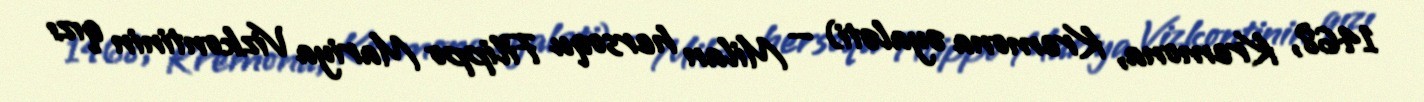
1468, Kremona, Kremona əyaləti) — Milan hersoqu Filippo Mariya Vizkontinin qızı